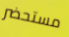
مستحضر